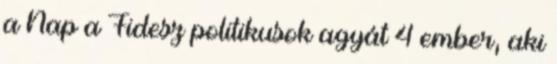
a Nap a Fidesz politikusok agyát 4 ember, aki